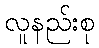
လူနည်းစု